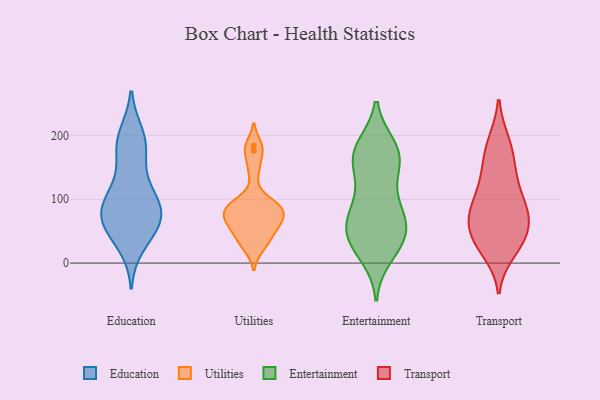
{"axis": {"x": "Churn Rate (%)", "y": "Value"}, "legend": ["Education", "Entertainment", "Transport", "Utilities"], "data": [{"x": "", "y": 85, "type": "Education"}, {"x": "", "y": 90, "type": "Education"}, {"x": "", "y": 174, "type": "Education"}, {"x": "", "y": 106, "type": "Education"}, {"x": "", "y": 128, "type": "Education"}, {"x": "", "y": 81, "type": "Education"}, {"x": "", "y": 192, "type": "Education"}, {"x": "", "y": 67, "type": "Education"}, {"x": "", "y": 184, "type": "Education"}, {"x": "", "y": 93, "type": "Education"}, {"x": "", "y": 59, "type": "Education"}, {"x": "", "y": 58, "type": "Education"}, {"x": "", "y": 29, "type": "Education"}, {"x": "", "y": 200, "type": "Education"}, {"x": "", "y": 53, "type": "Education"}, {"x": "", "y": 32, "type": "Utilities"}, {"x": "", "y": 184, "type": "Utilities"}, {"x": "", "y": 97, "type": "Utilities"}, {"x": "", "y": 87, "type": "Utilities"}, {"x": "", "y": 76, "type": "Utilities"}, {"x": "", "y": 45, "type": "Utilities"}, {"x": "", "y": 24, "type": "Utilities"}, {"x": "", "y": 64, "type": "Utilities"}, {"x": "", "y": 62, "type": "Utilities"}, {"x": "", "y": 76, "type": "Utilities"}, {"x": "", "y": 176, "type": "Utilities"}, {"x": "", "y": 145, "type": "Utilities"}, {"x": "", "y": 88, "type": "Utilities"}, {"x": "", "y": 89, "type": "Utilities"}, {"x": "", "y": 55, "type": "Utilities"}, {"x": "", "y": 80, "type": "Entertainment"}, {"x": "", "y": 83, "type": "Entertainment"}, {"x": "", "y": 167, "type": "Entertainment"}, {"x": "", "y": 148, "type": "Entertainment"}, {"x": "", "y": 174, "type": "Entertainment"}, {"x": "", "y": 12, "type": "Entertainment"}, {"x": "", "y": 77, "type": "Entertainment"}, {"x": "", "y": 35, "type": "Entertainment"}, {"x": "", "y": 153, "type": "Entertainment"}, {"x": "", "y": 59, "type": "Entertainment"}, {"x": "", "y": 38, "type": "Entertainment"}, {"x": "", "y": 39, "type": "Entertainment"}, {"x": "", "y": 172, "type": "Entertainment"}, {"x": "", "y": 27, "type": "Entertainment"}, {"x": "", "y": 46, "type": "Entertainment"}, {"x": "", "y": 118, "type": "Entertainment"}, {"x": "", "y": 182, "type": "Entertainment"}, {"x": "", "y": 75, "type": "Entertainment"}, {"x": "", "y": 179, "type": "Entertainment"}, {"x": "", "y": 30, "type": "Transport"}, {"x": "", "y": 65, "type": "Transport"}, {"x": "", "y": 33, "type": "Transport"}, {"x": "", "y": 81, "type": "Transport"}, {"x": "", "y": 117, "type": "Transport"}, {"x": "", "y": 41, "type": "Transport"}, {"x": "", "y": 107, "type": "Transport"}, {"x": "", "y": 85, "type": "Transport"}, {"x": "", "y": 74, "type": "Transport"}, {"x": "", "y": 77, "type": "Transport"}, {"x": "", "y": 18, "type": "Transport"}, {"x": "", "y": 160, "type": "Transport"}, {"x": "", "y": 190, "type": "Transport"}, {"x": "", "y": 156, "type": "Transport"}, {"x": "", "y": 131, "type": "Transport"}, {"x": "", "y": 189, "type": "Transport"}, {"x": "", "y": 65, "type": "Transport"}, {"x": "", "y": 33, "type": "Transport"}]}